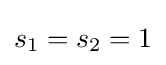
s_{1}=s_{2}=1